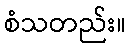
စံသတည်း။